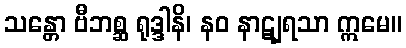
သန္တော ဗီဘစ္ဆ ရုဒ္ဒါနိ၊ နဝ နာဋျရသာ ဣမေ။